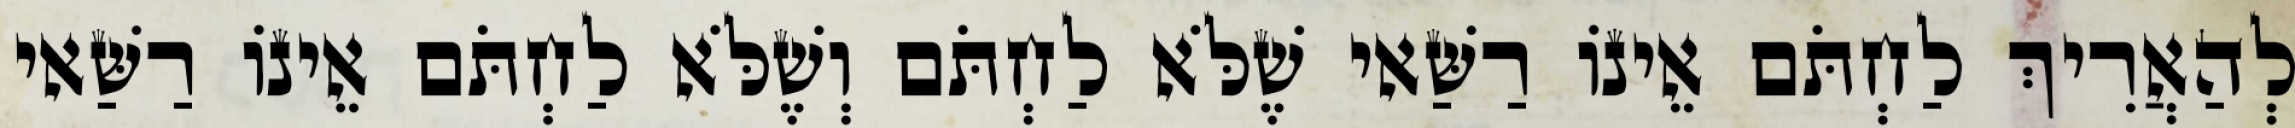
לְהַאֲרִיךְ לַחְתֹּם אֵינוֹ רַשַּׁאי שֶׁלֹּא לַחְתֹּם וְשֶׁלֹּא לַחְתֹּם אֵינוֹ רַשַּׁאי